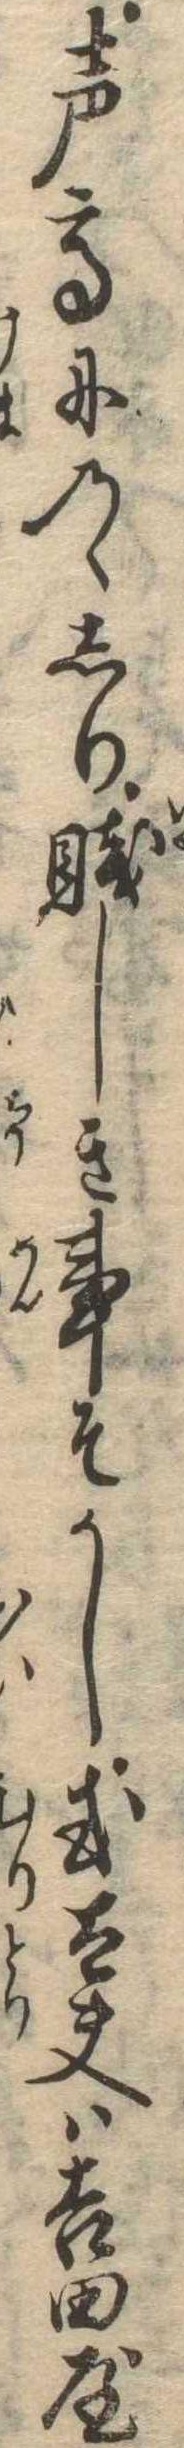
声高にのゝしり賎しき事そかし或太夫は吉田屋